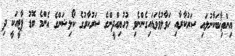
އިންތިޚާބަކާނުލައި ސަރުކާރާއި ހަވާލުވެވަޑައިގެންނެވި މުހުޔިއްދީންގެ ސަރުކާރުގެ ކޯލިޝަންގެ އެންމެ ބޮޑު ޕާޓީއަކީ ދި